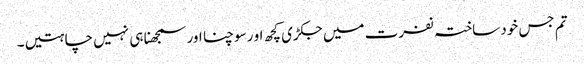
تم جس خود ساختہ نفرت میں جکڑی کچھ او رسوچنا اور سمجھنا ہی نہیں چاہتیں۔